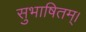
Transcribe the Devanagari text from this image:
सुभाषितम्।